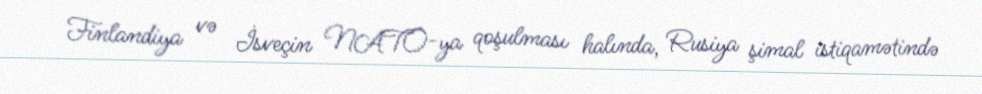
Finlandiya və İsveçin NATO-ya qoşulması halında, Rusiya şimal istiqamətində